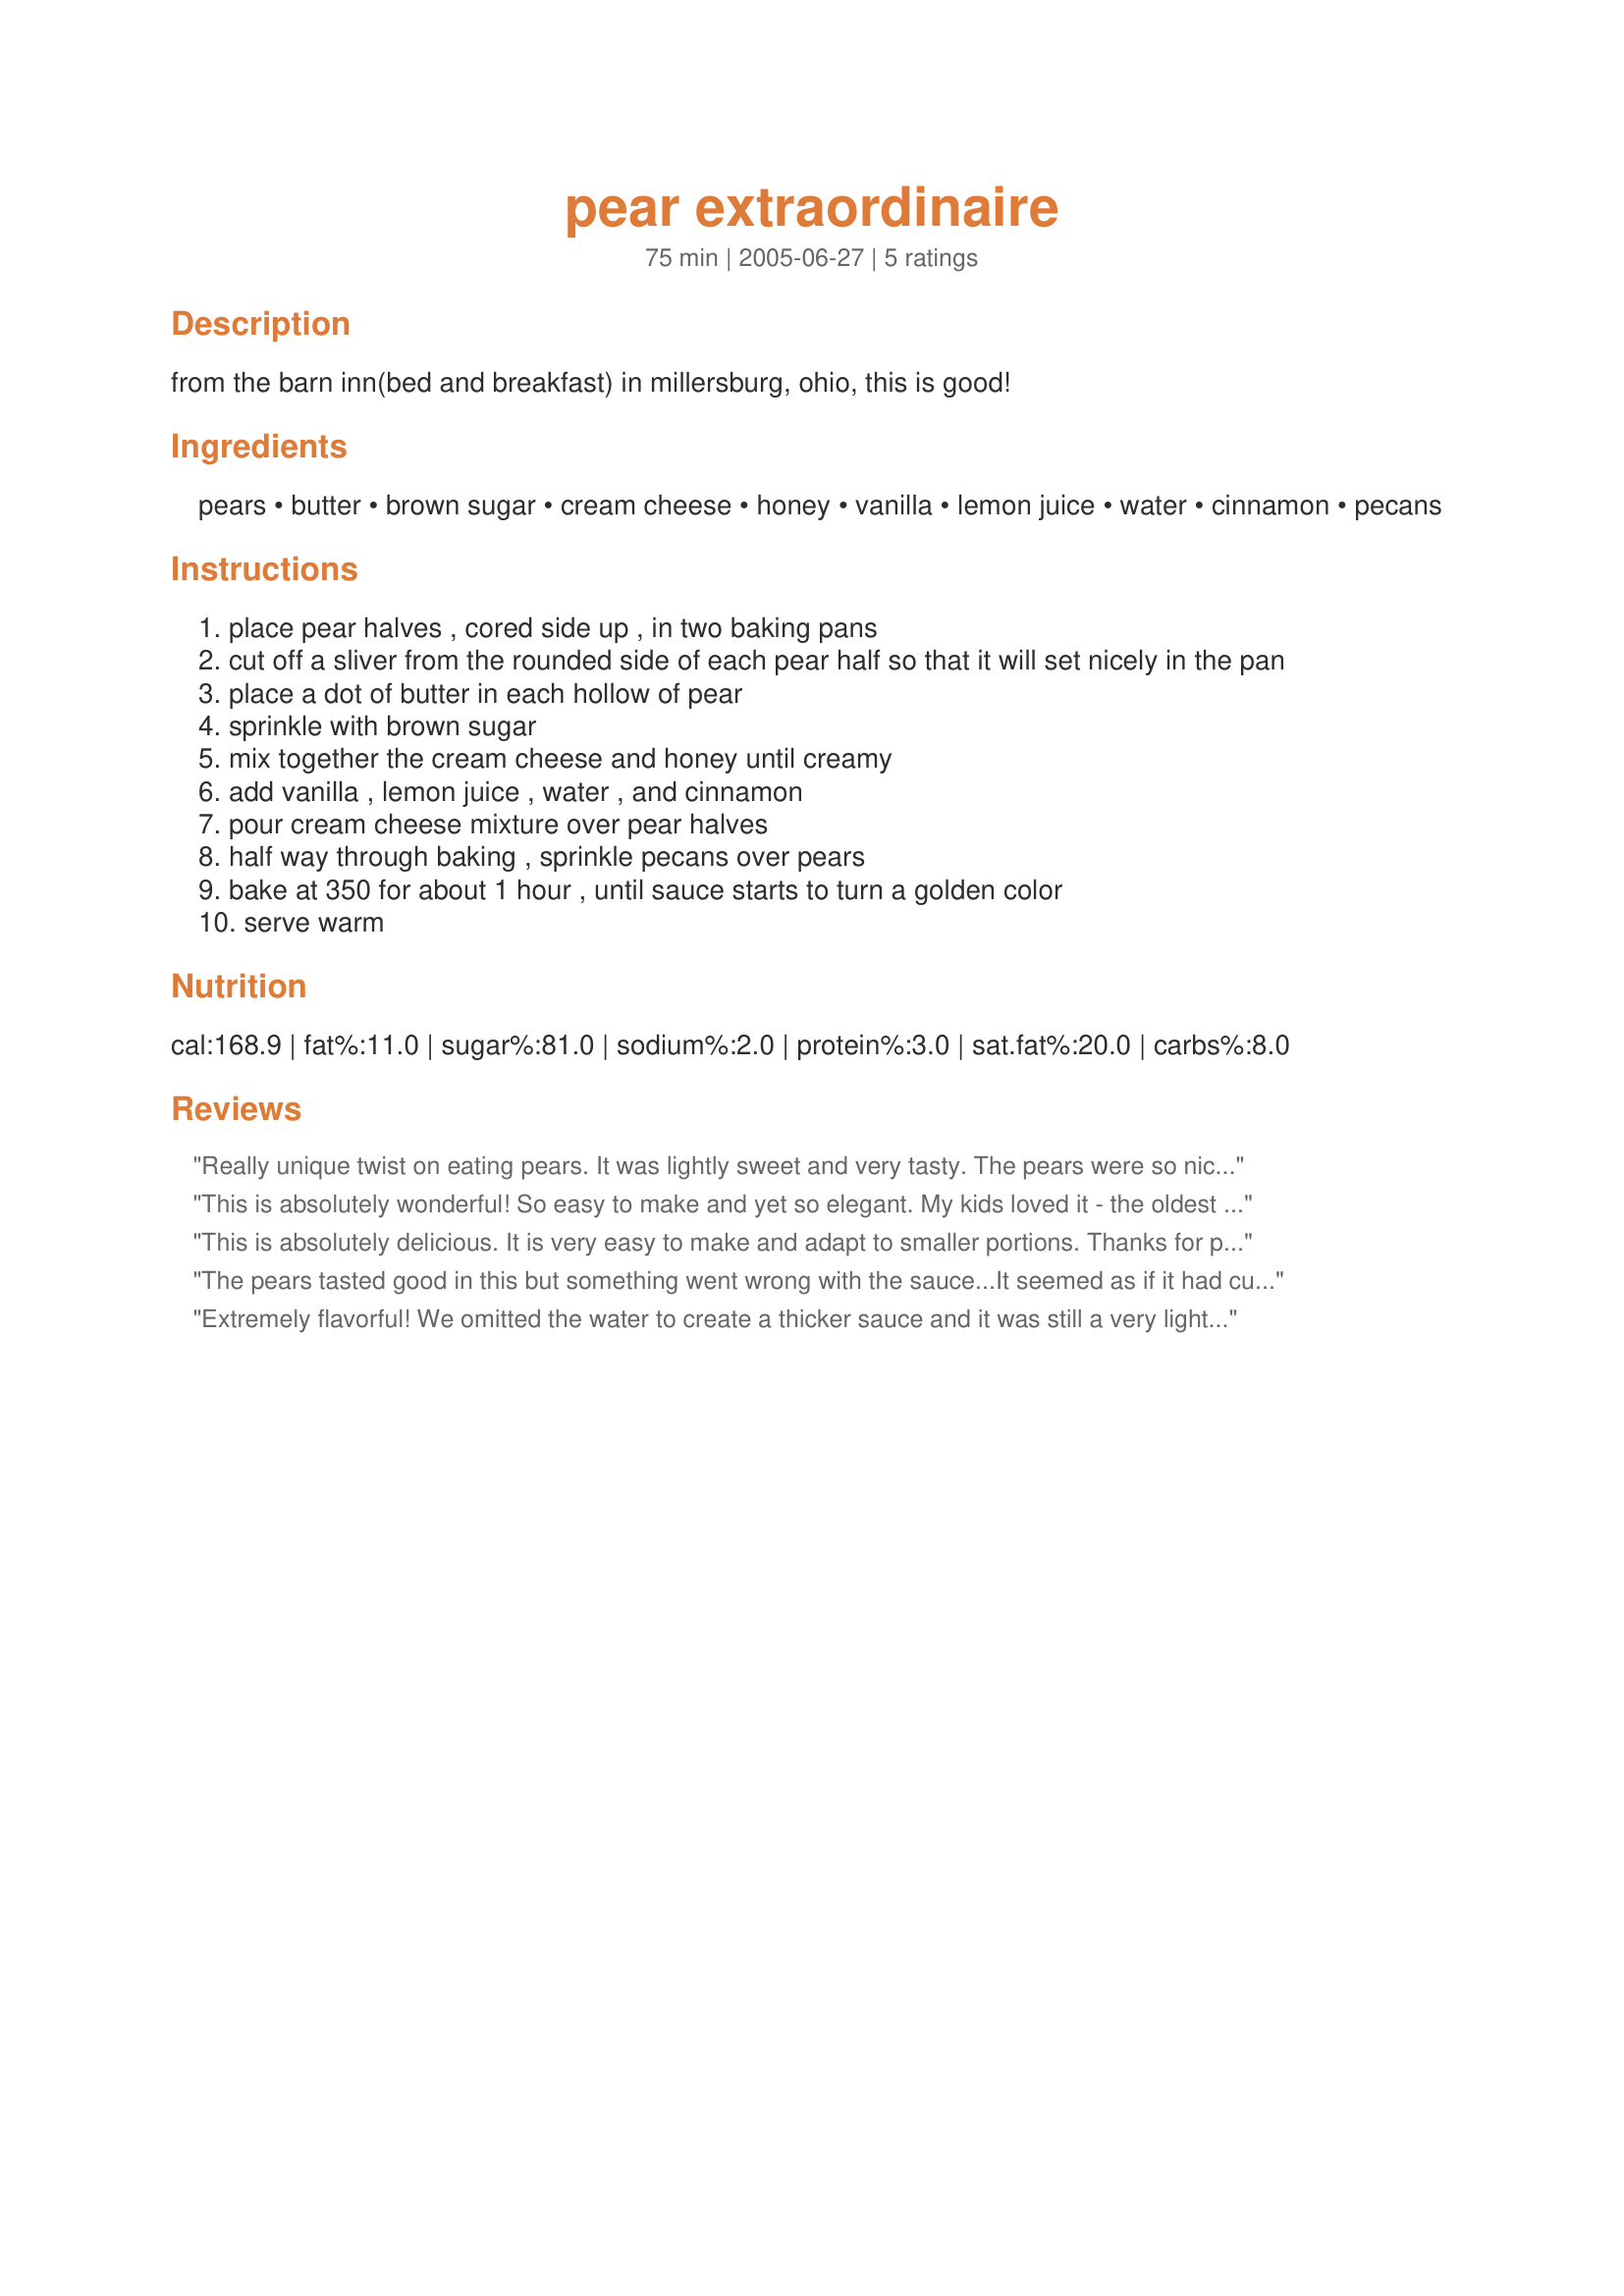
pear extraordinaire
Preparation time: 75 minutes

from the barn inn(bed and breakfast) in millersburg, ohio, this is good!

Ingredients:
pears, butter, brown sugar, cream cheese, honey, vanilla, lemon juice, water, cinnamon, pecans

Steps:
place pear halves , cored side up , in two baking pans
cut off a sliver from the rounded side of each pear half so that it will set nicely in the pan
place a dot of butter in each hollow of pear
sprinkle with brown sugar
mix together the cream cheese and honey until creamy
add vanilla , lemon juice , water , and cinnamon
pour cream cheese mixture over pear halves
half way through baking , sprinkle pecans over pears
bake at 350 for about 1 hour , until sauce starts to turn a golden color
serve warm

Reviews:
Really unique twist on eating pears. It was lightly sweet and very tasty. The pears were so nice and tender after baking. Thanks for sharing!
This is absolutely wonderful! So easy to make and yet so elegant. My kids loved it - the oldest doesn't like desserts but he had three helpings. It's not too sweet, but satisfying.

I used light cream cheese and it turned out great.
This is absolutely delicious. It is very easy to make and adapt to smaller portions. Thanks for posting such a good recipe.
The pears tasted good in this but something went wrong with the sauce...It seemed as if it had curdled while in the oven. It was a nice desert though!
Extremely flavorful! We omitted the water to create a thicker sauce and it was still a very light dessert and worked out perfectly. The bottom of the pan did seem to curdle a bit, but it tasted great and they were gone in a flash!
